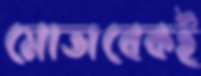
মোতাবেকই